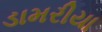
ડામરીયા